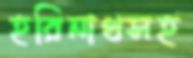
হরিনাথসহ